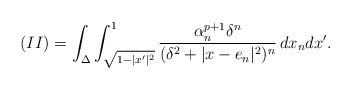
\begin{align*}(II)=\int_{\Delta}\int_{\sqrt{1-|x'|^2}}^1\frac{\alpha_n^{p+1}\delta^n}{(\delta^2+|x-e_n|^2)^n}\, dx_ndx'.\end{align*}